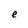
Character: e